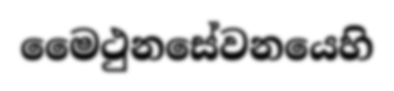
මෛථුනසේවනයෙහි